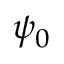
\psi _ { 0 }